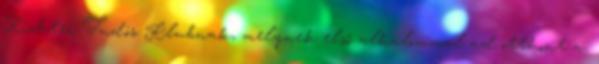
Richter Tudós Klubnak, melynek első alkalommal ad otthont a.